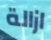
ازالة